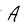
Character: A